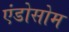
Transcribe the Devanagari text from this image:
एंडोसोम